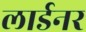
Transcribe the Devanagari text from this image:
लार्डनर